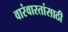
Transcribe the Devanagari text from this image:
वारंवारतांसाठी